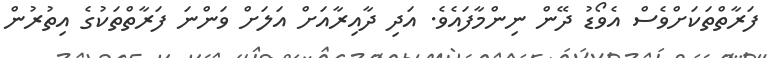
ފަރާތްތަކަށްވެސް އެވޯޑު ދޭން ނިންމާފައެވެ. އަދި ދާއިރާއަށް އަލަށް ވަންނަ ފަރާތްތަކުގެ އިތުރުން